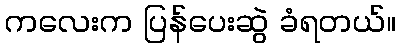
ကလေးက ပြန်ပေးဆွဲ ခံရတယ်။